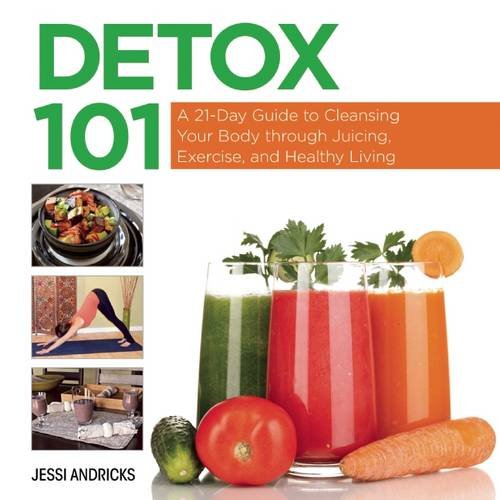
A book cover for Detox 101: A 21-Day Guide to Cleansing Your Body through Juicing, Exercise, and Healthy Living; Jessi Andricks; Cookbooks, Food & Wine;